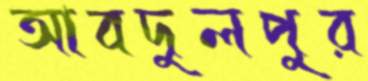
আবদুলপুর